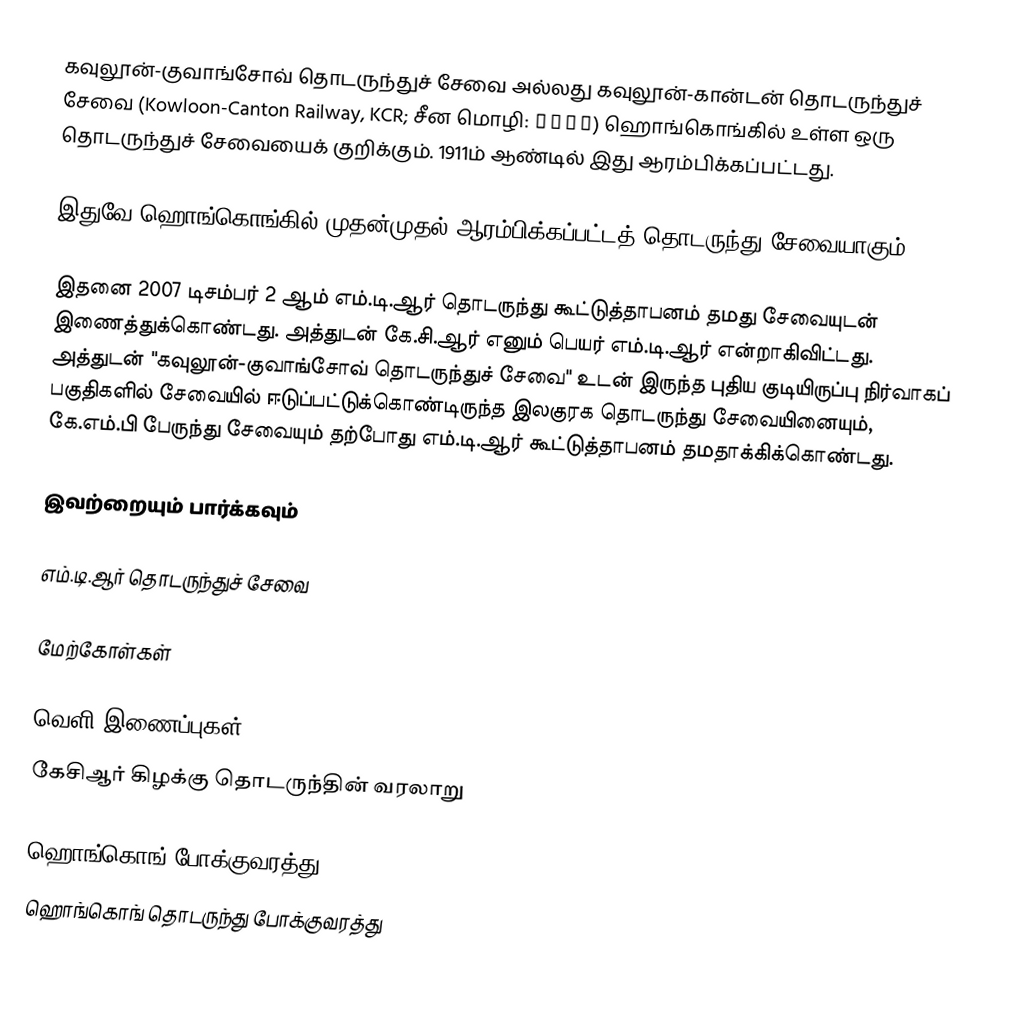
கவுலூன்-குவாங்சோவ் தொடருந்துச் சேவை அல்லது கவுலூன்-கான்டன் தொடருந்துச் சேவை (Kowloon-Canton Railway, KCR; சீன மொழி: 九廣鐵路) ஹொங்கொங்கில் உள்ள ஒரு தொடருந்துச் சேவையைக் குறிக்கும். 1911ம் ஆண்டில் இது ஆரம்பிக்கப்பட்டது.

இதுவே ஹொங்கொங்கில் முதன்முதல் ஆரம்பிக்கப்பட்டத் தொடருந்து சேவையாகும்.

இதனை 2007 டிசம்பர் 2 ஆம் எம்.டி.ஆர் தொடருந்து கூட்டுத்தாபனம் தமது சேவையுடன் இணைத்துக்கொண்டது. அத்துடன் கே.சி.ஆர்  எனும் பெயர் எம்.டி.ஆர்  என்றாகிவிட்டது. அத்துடன் "கவுலூன்-குவாங்சோவ் தொடருந்துச் சேவை" உடன்  இருந்த புதிய குடியிருப்பு நிர்வாகப் பகுதிகளில் சேவையில்  ஈடுப்பட்டுக்கொண்டிருந்த இலகுரக தொடருந்து சேவையினையும், கே.எம்.பி பேருந்து சேவையும் தற்போது எம்.டி.ஆர் கூட்டுத்தாபனம் தமதாக்கிக்கொண்டது.

இவற்றையும் பார்க்கவும்

 எம்.டி.ஆர் தொடருந்துச் சேவை

மேற்கோள்கள்

வெளி இணைப்புகள்
 கேசிஆர் கிழக்கு தொடருந்தின் வரலாறு

ஹொங்கொங் போக்குவரத்து
ஹொங்கொங் தொடருந்து போக்குவரத்து